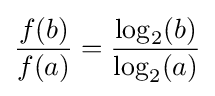
{\frac {f(b)}{f(a)}}={\frac {\log _{2}(b)}{\log _{2}(a)}}